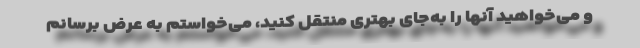
و می‌خواهید آنها را به‌جای بهتری منتقل كنید، می‌خواستم به عرض برسانم